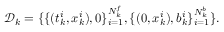
\mathcal { D } _ { k } = \{ \{ ( t _ { k } ^ { i } , x _ { k } ^ { i } ) , 0 \} _ { i = 1 } ^ { N _ { k } ^ { f } } , \{ ( 0 , x _ { k } ^ { i } ) , b _ { k } ^ { i } \} _ { i = 1 } ^ { N _ { k } ^ { b } } \} .